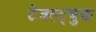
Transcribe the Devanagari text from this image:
टेक्स्ट्बुक